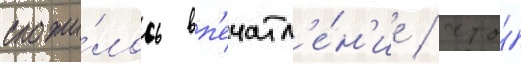
сложи́лось вп'ечатл'е́н'ие / что́